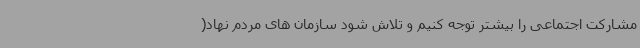
مشارکت اجتماعی را بیشتر توجه کنیم و تلاش شود سازمان های مردم نهاد(